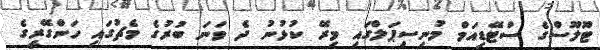
ޓޫލޫސްގެ ސްޓޭޑިއަމް މުނިސިޕަލްގައި މިރޭ ކުޅުނު ދެ ވަނަ ބުރުގެ މެޗުގައި ހަންގޭރީގެ